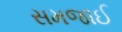
સમજાઈ